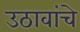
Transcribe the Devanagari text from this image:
उठावांचे